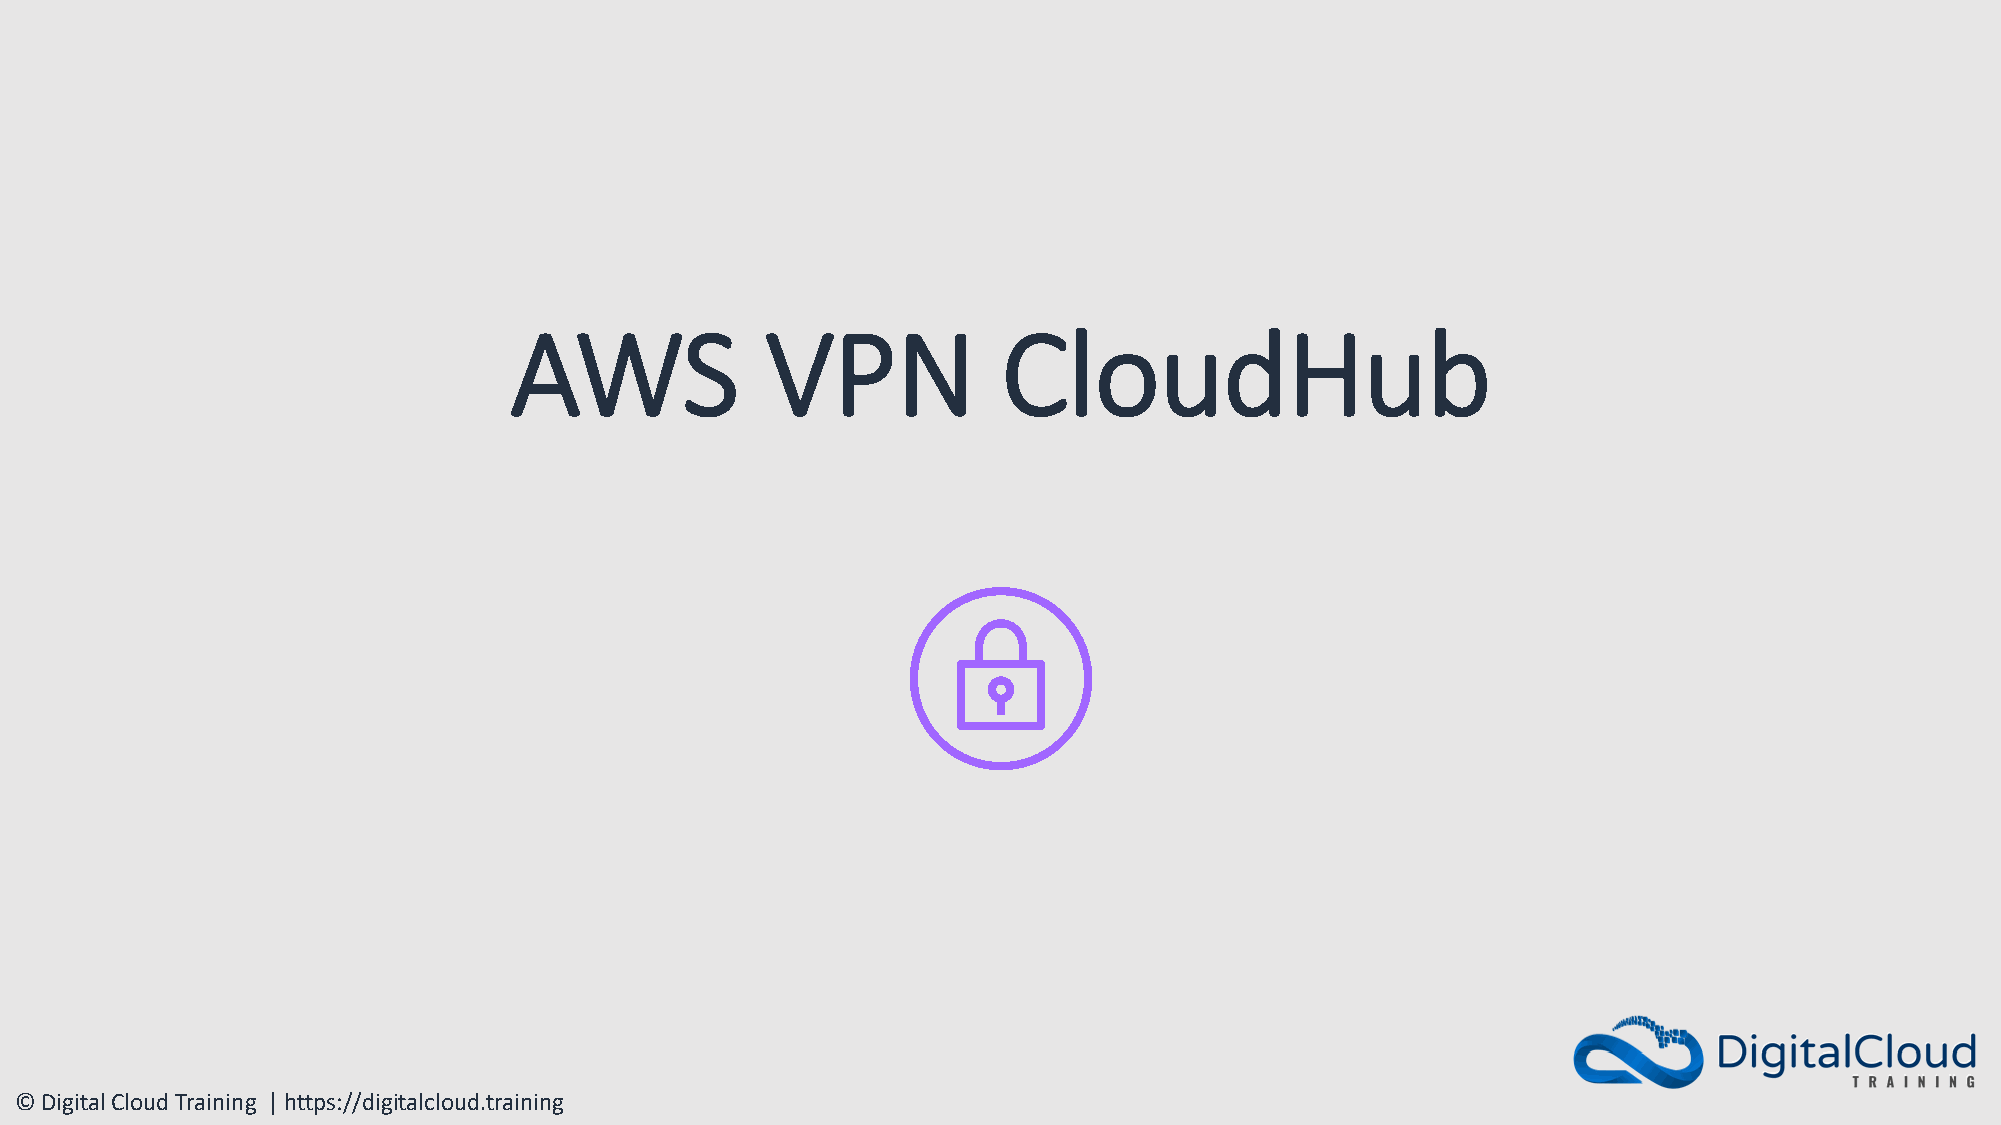
AWS              VPN            CloudHub
 © Digital Cloud Training | https://digitalcloud.training